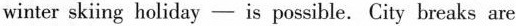
winter skiing holiday —is possible. City breaks are